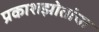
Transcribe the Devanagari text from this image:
प्रकाशझोतांचा